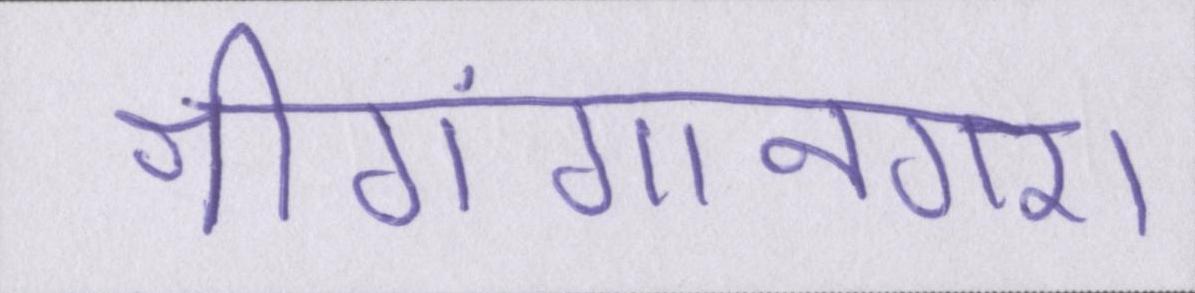
श्रीगंगानगर।